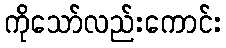
ကိုသော်လည်းကောင်း